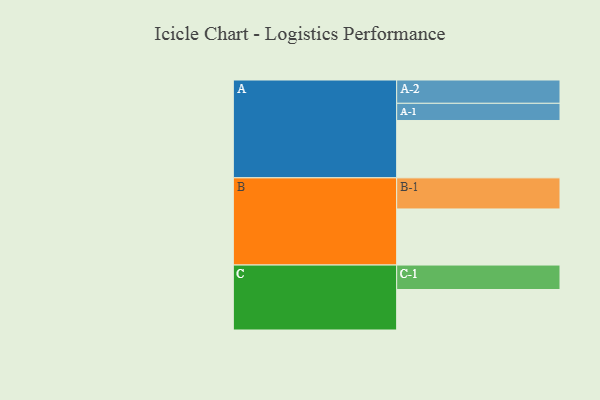
{"axis": {"x": "Segment", "y": "Value"}, "legend": ["", "A", "B", "C"], "data": [{"x": "A", "y": 544, "type": ""}, {"x": "B", "y": 532, "type": ""}, {"x": "C", "y": 384, "type": ""}, {"x": "A-1", "y": 163, "type": "A"}, {"x": "A-2", "y": 221, "type": "A"}, {"x": "B-1", "y": 295, "type": "B"}, {"x": "C-1", "y": 232, "type": "C"}]}